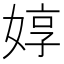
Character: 𱙛